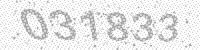
Solution: 031833